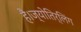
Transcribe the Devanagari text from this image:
है।ज्योतिर्लिंग